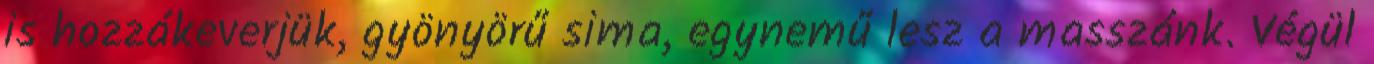
is hozzákeverjük, gyönyörű sima, egynemű lesz a masszánk. Végül